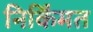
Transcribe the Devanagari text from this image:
निर्किंमत